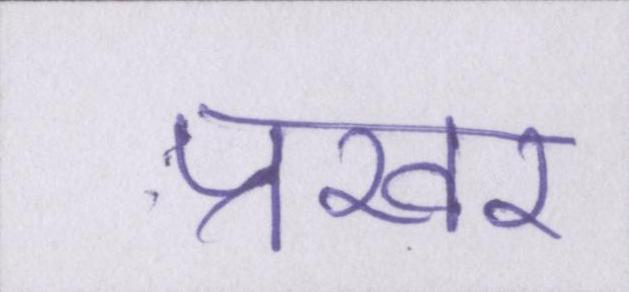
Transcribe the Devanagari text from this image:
प्रखर